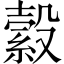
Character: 縠